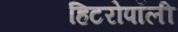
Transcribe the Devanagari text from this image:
हिटरोपॉली